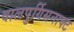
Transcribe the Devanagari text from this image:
वालपुर्गिसनाक्ट